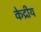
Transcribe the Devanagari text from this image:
केद्रीय